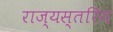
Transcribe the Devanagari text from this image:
राज्यस्तरिय